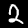
Label: 2